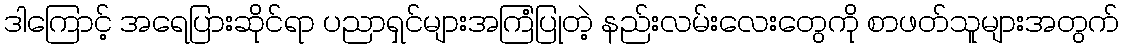
ဒါကြောင့် အရေပြားဆိုင်ရာ ပညာရှင်များအကြံပြုတဲ့ နည်းလမ်းလေးတွေကို စာဖတ်သူများအတွက်